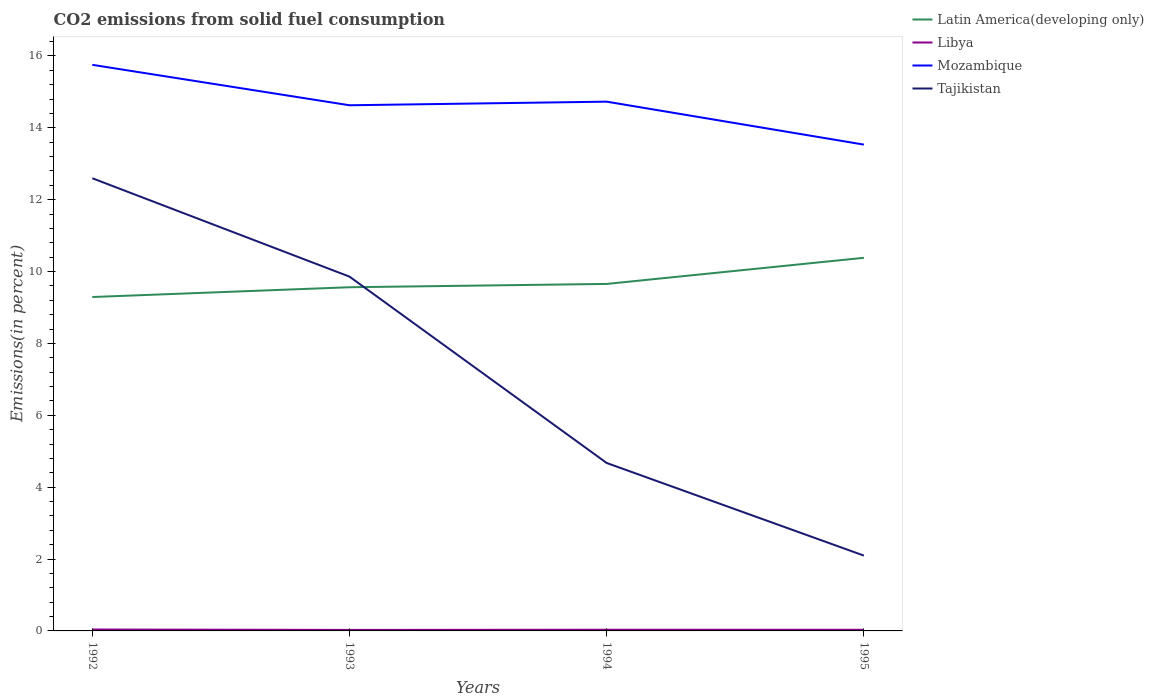
| Years | Latin America(developing only) | Libya | Mozambique | Tajikistan |
 | --- | --- | --- | --- | --- |
 | 1992 | 9.29 | 0.0394 | 15.8 | 12.6 |
 | 1993 | 9.56 | 0.0282 | 14.6 | 9.86 |
 | 1994 | 9.65 | 0.0332 | 14.7 | 4.67 |
 | 1995 | 10.4 | 0.0319 | 13.5 | 2.1 |